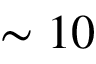
\sim 1 0